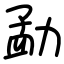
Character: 勐